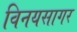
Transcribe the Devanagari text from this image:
विनयसागर